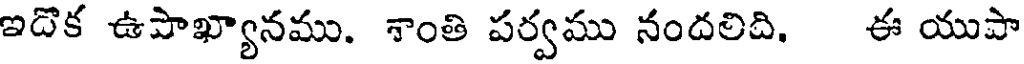
ఇదొక ఉపాఖ్యానము. శాంతి పర్వము నందలిది. ఈ యుపా